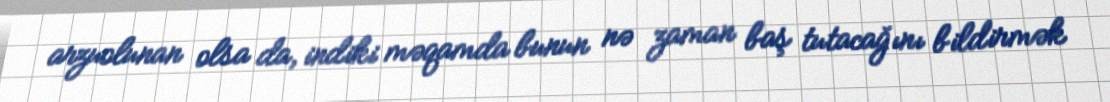
arzuolunan olsa da, indiki məqamda bunun nə zaman baş tutacağını bildirmək